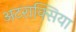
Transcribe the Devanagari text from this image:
अटराक्सिया